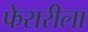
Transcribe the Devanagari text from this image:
फेरारीला